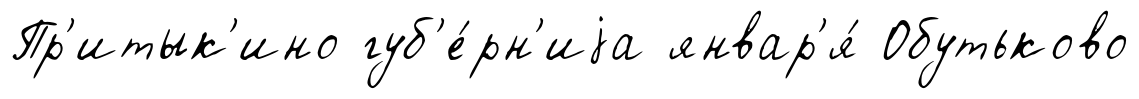
Пр'итык'ино губ'е́рн'иjа январ'я́ Обутьково